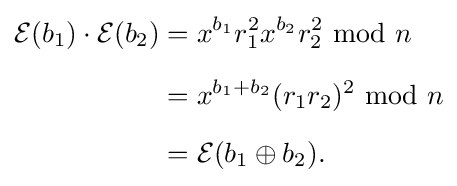
{\begin{aligned}{\mathcal {E}}(b_{1})\cdot {\mathcal {E}}(b_{2})&=x^{b_{1}}r_{1}^{2}x^{b_{2}}r_{2}^{2}\;{\bmod {\;}}n\\[6pt]&=x^{b_{1}+b_{2}}(r_{1}r_{2})^{2}\;{\bmod {\;}}n\\[6pt]&={\mathcal {E}}(b_{1}\oplus b_{2}).\end{aligned}}